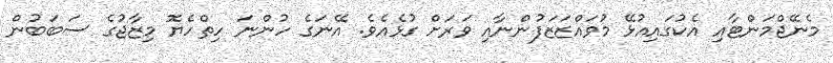
މެނޭޖްމަންޓާއި އެކުގައިއުޅޭ މުވައްޒަޒަފުންނާއި ވަރަށް ގުޅެއެވެ. އޭނަގެ ހުންނަ ހިތްހެޔޮ މިޒާޖުގެ ސަބަބުން